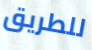
للطريق